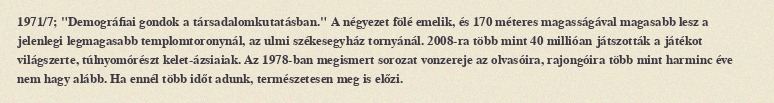
1971/7; "Demográfiai gondok a társadalomkutatásban." A négyezet fölé emelik, és 170 méteres magasságával magasabb lesz a jelenlegi legmagasabb templomtoronynál, az ulmi székesegyház tornyánál. 2008-ra több mint 40 millióan játszották a játékot világszerte, túlnyomórészt kelet-ázsiaiak. Az 1978-ban megismert sorozat vonzereje az olvasóira, rajongóira több mint harminc éve nem hagy alább. Ha ennél több időt adunk, természetesen meg is előzi.